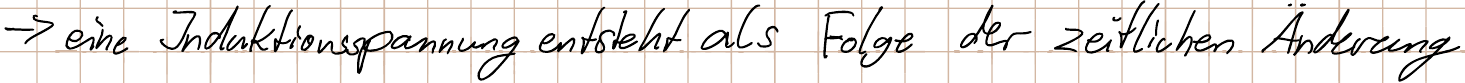
-> eine Induktionsspannung entsteht als Folge der zeitlichen Änderung